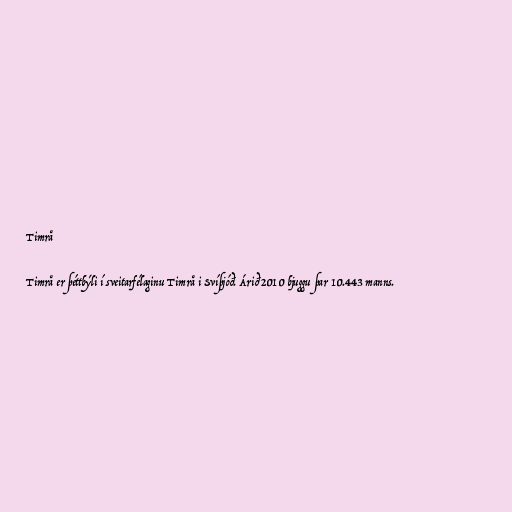
Timrå

Timrå er þéttbýli í sveitarfélaginu Timrå i Svíþjóð. Árið 2010 bjuggu þar 10.443 manns.